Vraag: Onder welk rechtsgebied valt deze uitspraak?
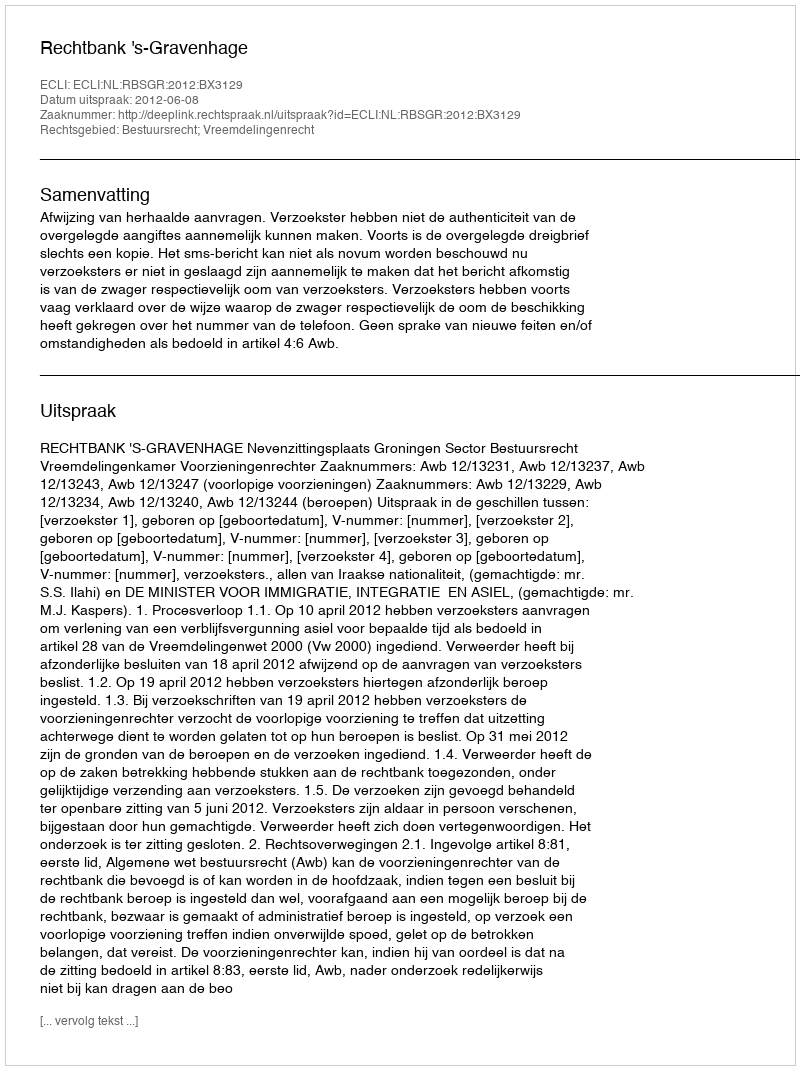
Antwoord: Bestuursrecht; Vreemdelingenrecht